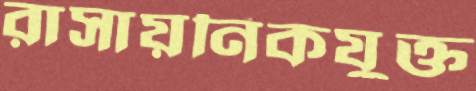
রাসায়নিকযুক্ত